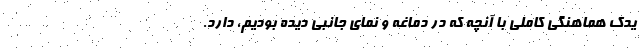
یدک هماهنگی کاملی با آنچه که در دماغه و نمای جانبی دیده بودیم، دارد.